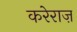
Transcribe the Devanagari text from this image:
करेराज़